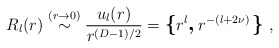
\begin{align*}R_{l}(r) \stackrel{(r \rightarrow 0 )}{\sim}\frac{u_{l}(r)}{r^{( {D} - 1)/2 }}=\mbox{\boldmath\large $\left\{ \right.$ } \! \! \!r^{l}\mbox{\boldmath\large $,$ } \!r^{-(l + 2 \nu)}\mbox{\boldmath\large $\left. \right\}$ } \! \!\; ,\end{align*}